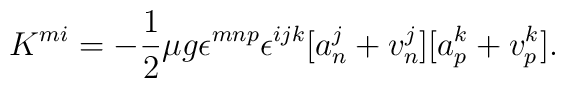
K^{mi} = -\frac{1}{2}\mu g\epsilon^{mnp}\epsilon^{ijk}[a_{n}^{j} + v_{n}^{j}] [a_{p}^{k} + v_{p}^{k}] .